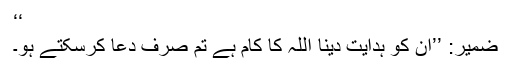
‘‘
ضمیر: ’’ان کو ہدایت دینا اللہ کا کام ہے تم صرف دعا کرسکتے ہو۔